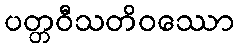
ပတ္တဝီသတိဝဿော